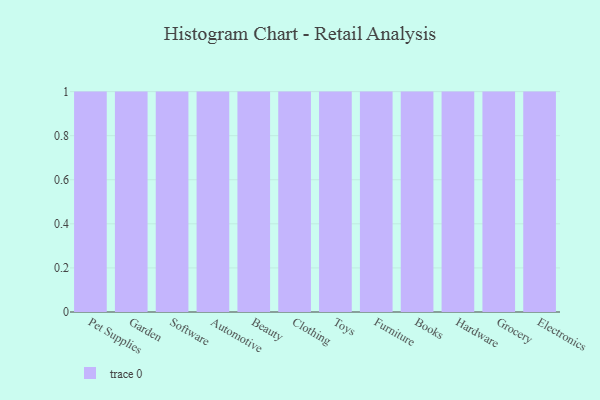
{"axis": {"x": "Category", "y": "Gross Profit (USD K)"}, "legend": [""], "data": [{"x": "Pet Supplies", "y": 14, "type": ""}, {"x": "Garden", "y": 4, "type": ""}, {"x": "Software", "y": 75, "type": ""}, {"x": "Automotive", "y": 36, "type": ""}, {"x": "Beauty", "y": 90, "type": ""}, {"x": "Clothing", "y": 89, "type": ""}, {"x": "Toys", "y": 63, "type": ""}, {"x": "Furniture", "y": 72, "type": ""}, {"x": "Books", "y": 2, "type": ""}, {"x": "Hardware", "y": 9, "type": ""}, {"x": "Grocery", "y": 95, "type": ""}, {"x": "Electronics", "y": 98, "type": ""}]}